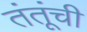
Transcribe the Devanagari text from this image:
तंतूंची